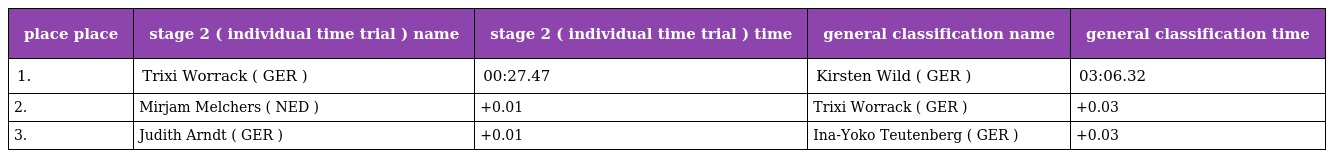
| place place | stage 2 ( individual time trial ) name | stage 2 ( individual time trial ) time | general classification name | general classification time |
 | --- | --- | --- | --- | --- |
 | 1. | Trixi Worrack ( GER ) | 00:27.47 | Kirsten Wild ( GER ) | 03:06.32 |
 | 2. | Mirjam Melchers ( NED ) | +0.01 | Trixi Worrack ( GER ) | +0.03 |
 | 3. | Judith Arndt ( GER ) | +0.01 | Ina-Yoko Teutenberg ( GER ) | +0.03 |